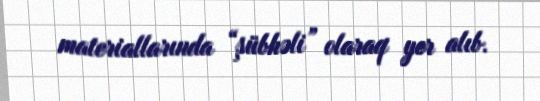
materiallarında “şübhəli” olaraq yer alıb.